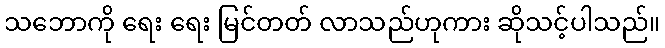
သဘောကို ရေး ရေး မြင်တတ် လာသည်ဟုကား ဆိုသင့်ပါသည်။